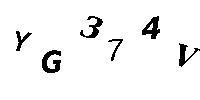
YG374V